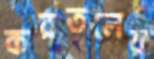
করতলের